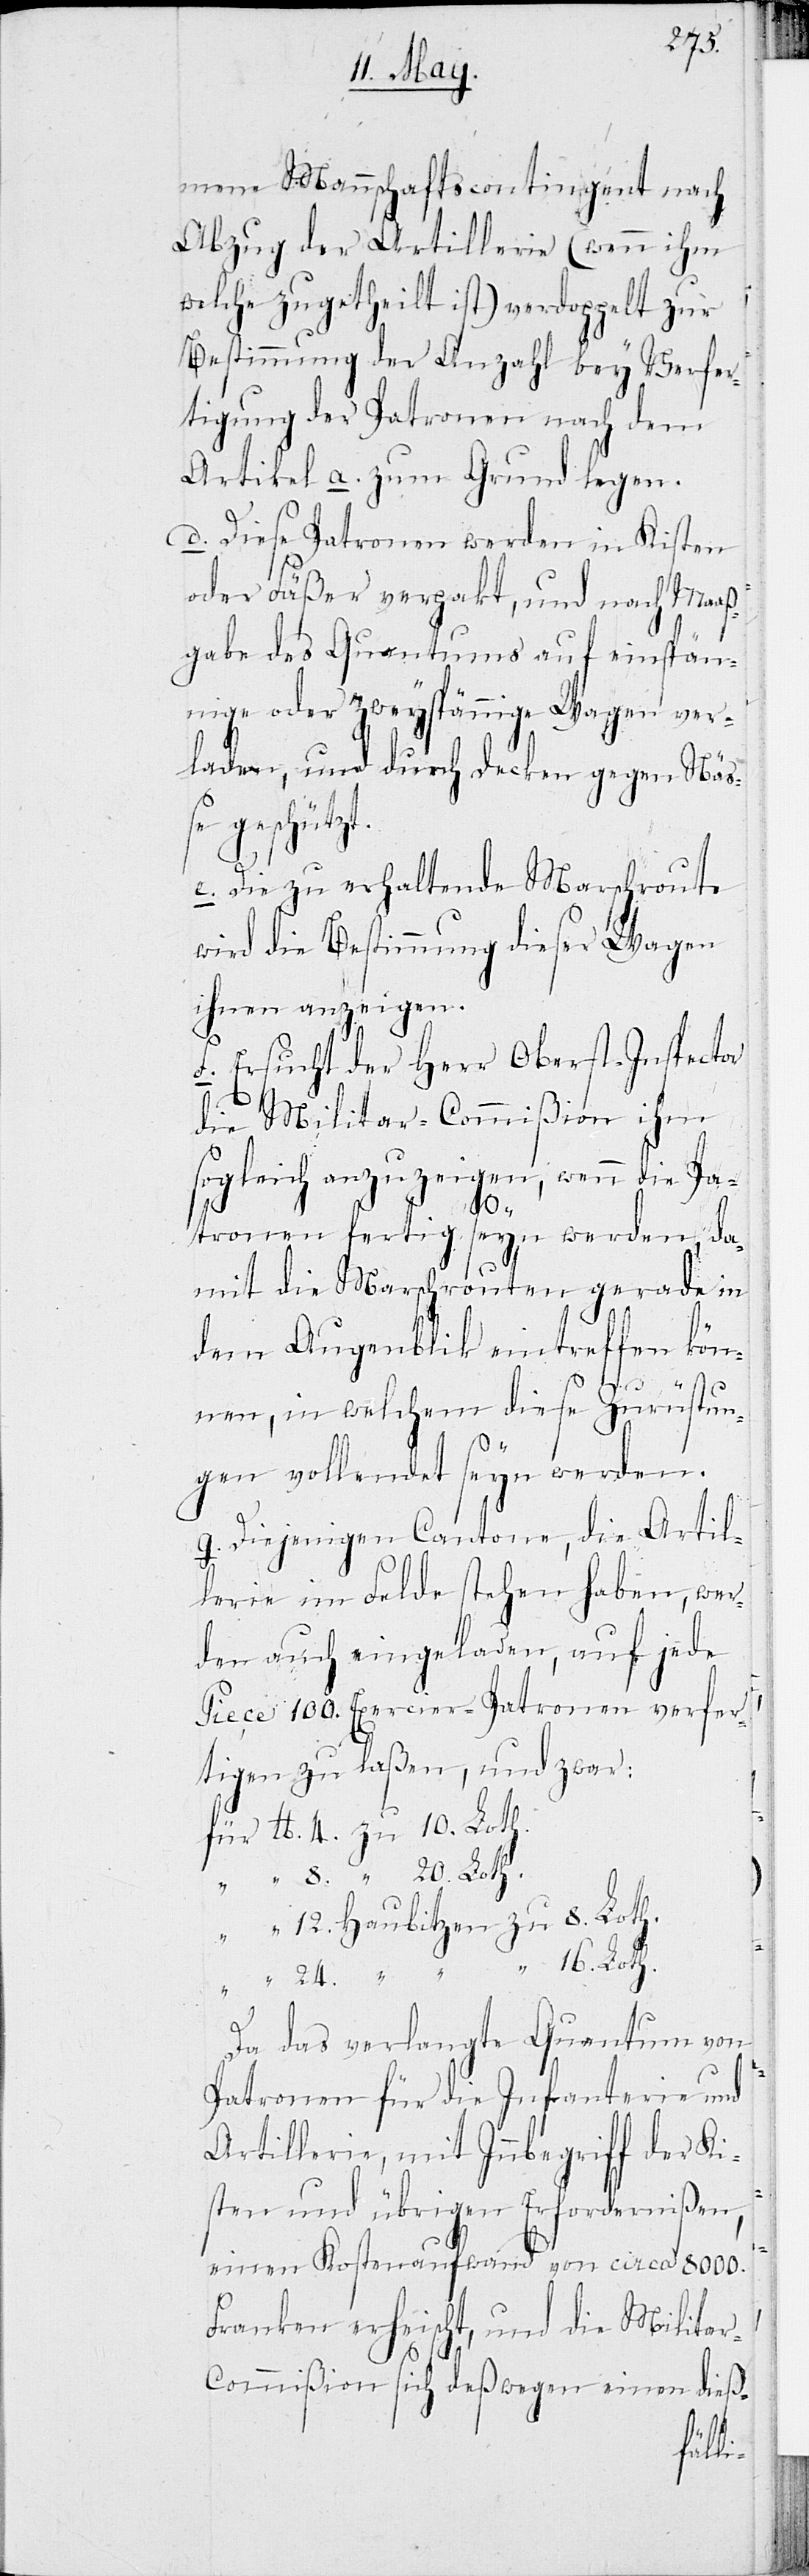
neue Mannschaftscontingent nach
Abzug der Artillerie (wenn ihm
welche zugetheilt ist) verdoppelt zur
Bestimmung der Anzahl bey Verfer¬
tigung der Patronen nach dem
Artikel a. zum Grund legen.
d. Diese Patronen werden in Kisten
oder Fäßer verpakt, und nach Maas¬
gabe des Quantums auf einspän¬
nige oder zweyspännige Wagen ver¬
laden, und durch Decken gegen Näß¬
e geschützt.
e. Die zu erhaltende Marschroute
wird die Bestimmung dieser Wagen
ihnen anzeigen.
f. Ersucht der Herr Oberst-Inspector
die Militar-Commißion ihm
sogleich anzuzeigen, wenn die Pa¬
tronen fertig seyn werden, da¬
mit die Marschrouten gerade in
dem Augenblik eintreffen kön¬
nen, in welchem diese Zurüstun¬
gen vollendet seyn werden.
g. Diejenigen Cantone, die Artil¬
lerie im Felde stehen haben, wer¬
den auch eingeladen, auf jede
Piece 100. Exercier-Patronen verfer¬
tigen zu laßen, und zwar:
für lb 4. zu 10. Loth.
„ „ 8. zu 20. Loth.
„ „ 24. Haubitzen zu 16. Loth.
Da das verlangte Quantum von
Patronen für die Infanterie und
Artillerie, mit Inbegriff der Ki¬
sten und übrigen Erfordnernißen,
einen Kostenaufwand von circa 8000.
Franken erheischt, und die Milita¬
r-Commißion sich deßwegen einen dieß-